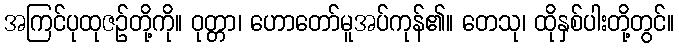
အကြင်ပုထုဇဉ်တို့ကို။ ဝုတ္တာ၊ ဟောတော်မူအပ်ကုန်၏။ တေသု၊ ထိုနှစ်ပါးတို့တွင်။